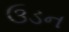
ઉડન